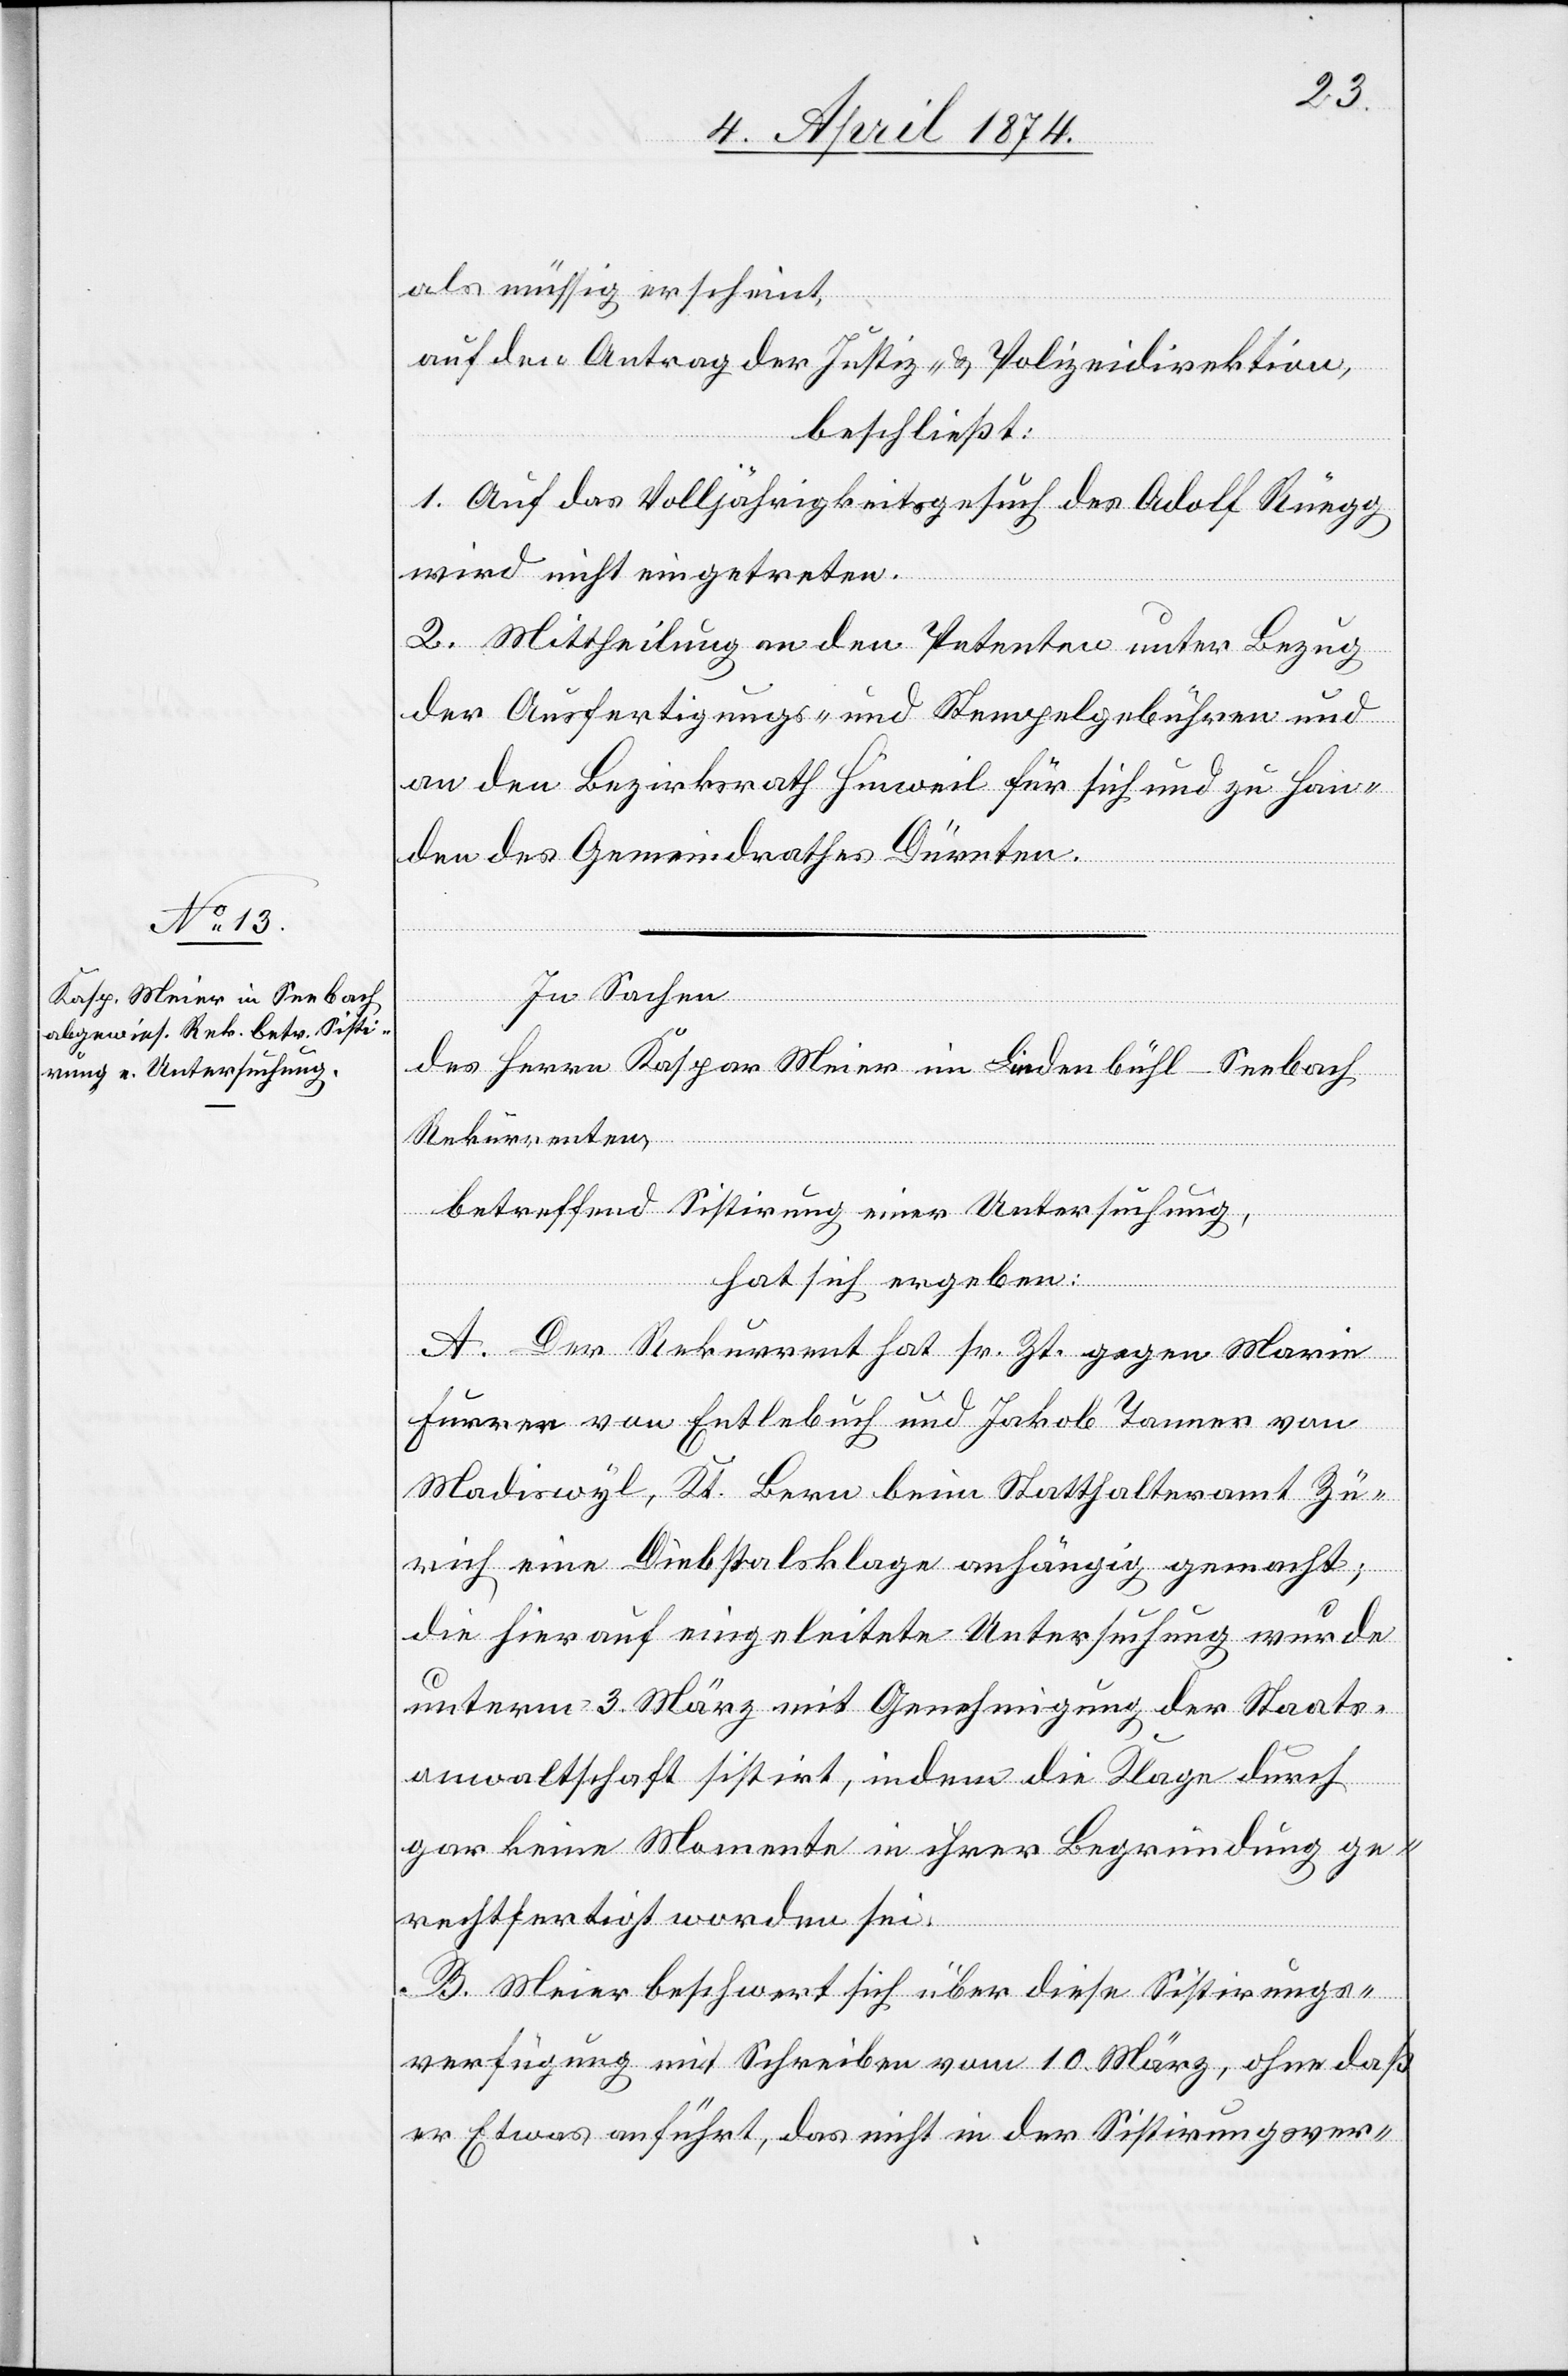
als müssig erscheint,
auf den Antrag der Justiz- u. Polizeidirektion,
beschließt:
1. Auf das Volljährigkeitsgesuch des Adolf Rüegg
wird nicht eingetreten.
2. Mittheilung an den Petenten unter Bezug
der Ausfertigungs- und Stempelgebühren und
an den Bezirksrath Hinweil für sich und zu Han¬
den des Gemeindrathes Dürnten.
In Sachen
des Herrn Kaspar Meier im Lindenbühl-Seebach
Rekurrenten
betreffend Sistirung einer Untersuchung,
hat sich ergeben:
A. Der Rekurrent hat sr. Zt. gegen Marie
Furrer von Entlebuch und Jakob Tanner von
Madiswyl, Kt. Bern beim Statthalteramt Zü¬
rich eine Diebstahlsklage anhängig gemacht;
die hierauf eingeleitete Untersuchung wurde
unterm 3. März mit Genehmigung der Staats¬
anwaltschaft sistirt, indem die Klage durch
gar keine Momente in ihrer Begründung ge¬
rechtfertigt worden sei.
B. Meier beschwert sich über diese Sistirungs¬
verfügung mit Schreiben vom 10. März, ohne daß
er Etwas anführt, das nicht in der Sistirungsver-